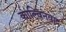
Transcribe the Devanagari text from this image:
काल्विनवाद